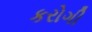
કરોગી